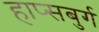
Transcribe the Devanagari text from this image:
हाप्सबुर्ग